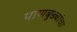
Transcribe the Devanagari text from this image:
पाणबुड्यांचा